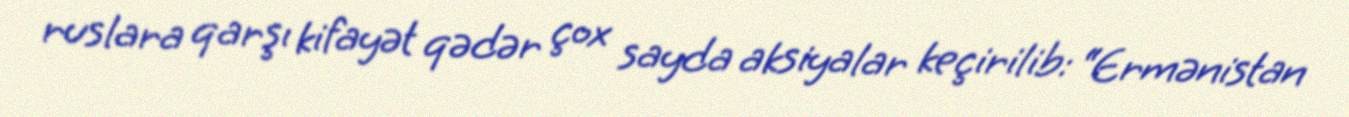
ruslara qarşı kifayət qədər çox sayda aksiyalar keçirilib: “Ermənistan